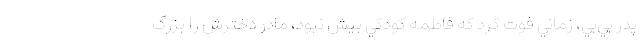
پدر بي‌بي‌، زماني فوت كرد كه فاطمه كودكي بيش نبود، مادر دخترش را بزرگ